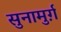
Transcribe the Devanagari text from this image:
सुनामुर्ग़